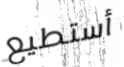
أستطيع